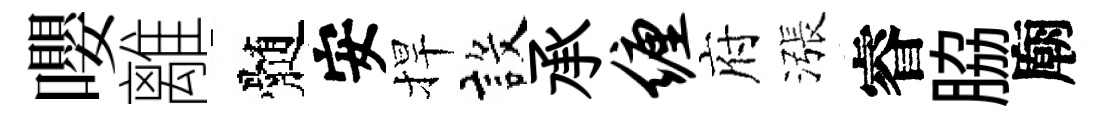
嚶離髄安捍設承缠府漲睿脇廟